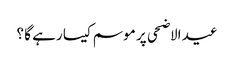
عید الاضحی پر موسم کیسا رہے گا ؟